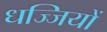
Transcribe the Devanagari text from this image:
धज्जियों